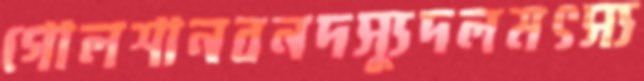
গোলশানবনদস্যুদলমৎস্য